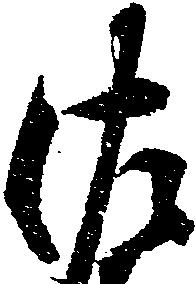
佐